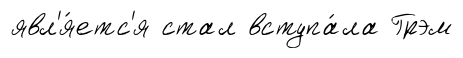
явл'я́етс'я стал вступа́ла Грэм